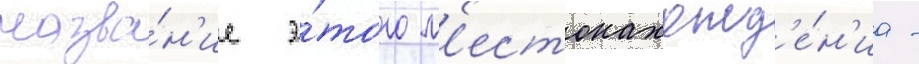
назва́н'ие э́того м'естонахожд'е́н'иа -